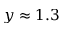
y \approx 1 . 3